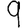
Digit: 9